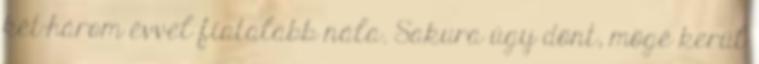
két-három évvel fiatalabb nála. Sakura úgy dönt, mögé kerül